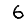
Digit: 6